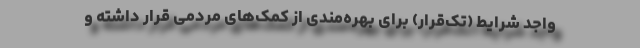
واجد شرایط (تک‌قرار) برای بهره‌مندی از کمک‌های مردمی قرار داشته و